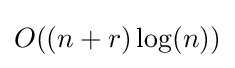
O((n+r)\log(n))